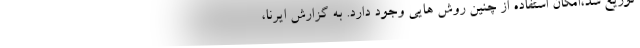
توزیع شد،امکان استفاده از چنین روش هایی وجود دارد. به گزارش ایرنا،